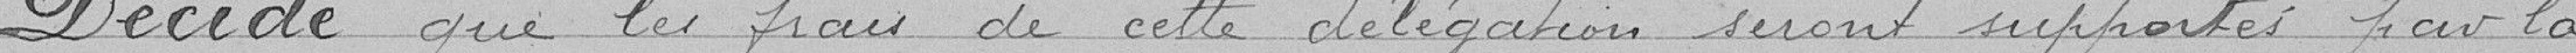
Décide que les frais de cette délégation seront supportés par la